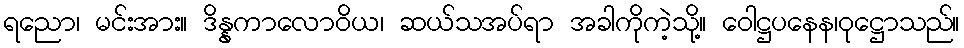
ရညော၊ မင်းအား။ ဒိန္နကာလောဝိယ၊ ဆယ်သအပ်ရာ အခါကိုကဲ့သို့။ ဝေါဋ္ဌပနေန၊ဝုဋ္ဌောသည်။